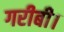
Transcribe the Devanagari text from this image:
गरीबी।